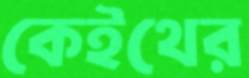
কেইথের